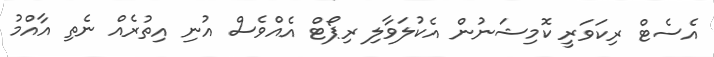
އެސެޓް ރިކަވަރީ ކޮމިޝަނުން އެކުލަވާލި ރިޕޯޓް އެއްވެސް އުނި އިތުރެއް ނެތި އާއްމު